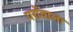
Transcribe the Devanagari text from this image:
परोंवाला